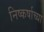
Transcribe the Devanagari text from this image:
निष्कर्षाच्या